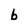
Character: b